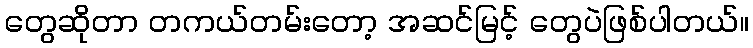
တွေဆိုတာ တကယ်တမ်းတော့ အဆင်မြင့် တွေပဲဖြစ်ပါတယ်။